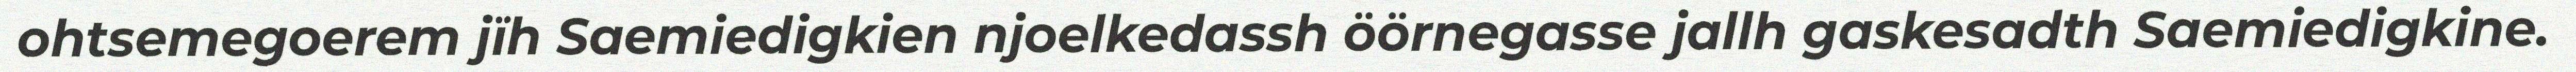
ohtsemegoerem jïh Saemiedigkien njoelkedassh öörnegasse jallh gaskesadth Saemiedigkine.